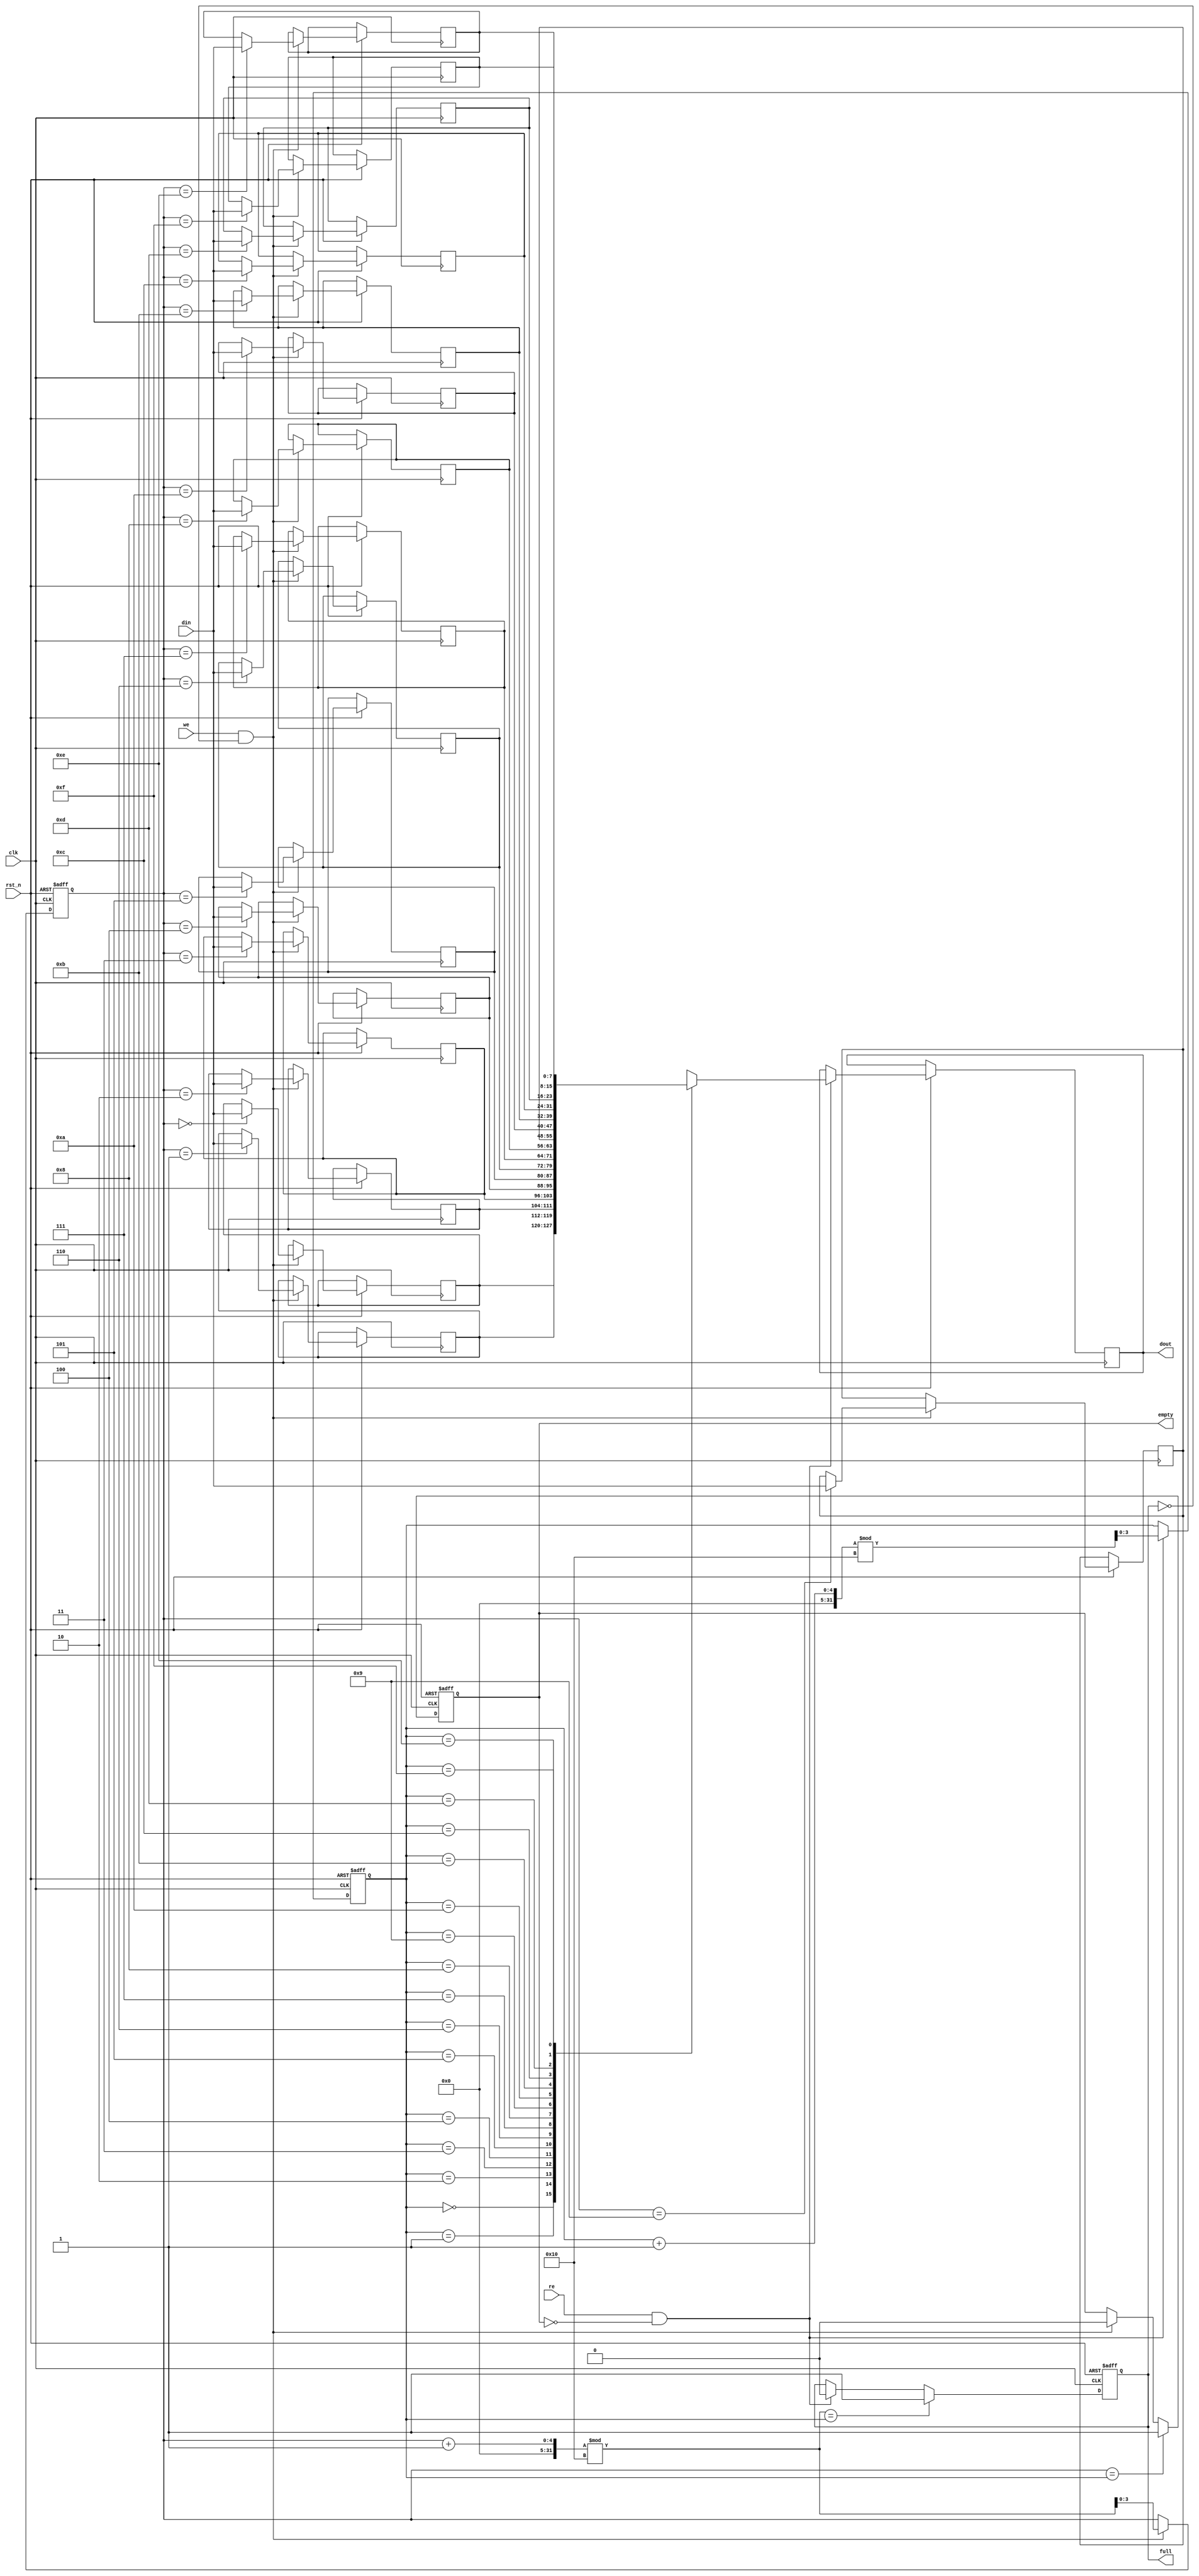
module fifo_sram #(
    parameter DEPTH = 16,  // Number of entries in the FIFO
    parameter WIDTH = 8    // Width of each data entry in bits
)(
    input wire clk,                // Clock signal
    input wire rst_n,              // Asynchronous reset (active low)
    input wire [WIDTH-1:0] din,    // Data input
    input wire we,                 // Write enable
    input wire re,                 // Read enable
    output reg [WIDTH-1:0] dout,   // Data output
    output reg full,               // Full flag
    output reg empty               // Empty flag
);

    // Memory array for the FIFO
    reg [WIDTH-1:0] fifo_mem [0:DEPTH-1];

    // Pointers for read and write operations
    reg [$clog2(DEPTH)-1:0] w_ptr; // Write pointer
    reg [$clog2(DEPTH)-1:0] r_ptr; // Read pointer

    // Initial states
    initial begin
        w_ptr = 0;
        r_ptr = 0;
        full = 0;
        empty = 1;
    end

    // Asynchronous reset
    always @(posedge clk or negedge rst_n) begin
        if (!rst_n) begin
            w_ptr <= 0;
            r_ptr <= 0;
            full <= 0;
            empty <= 1;
        end else begin
            // Write operation
            if (we && !full) begin
                fifo_mem[w_ptr] <= din; // Write data
                w_ptr <= (w_ptr + 1) % DEPTH; // Increment and wrap
                empty <= 0; // FIFO is not empty
            end

            // Read operation
            if (re && !empty) begin
                dout <= fifo_mem[r_ptr]; // Read data
                r_ptr <= (r_ptr + 1) % DEPTH; // Increment and wrap
                full <= 0; // FIFO is not full
            end

            // Update full and empty flags
            if ((w_ptr + 1) % DEPTH == r_ptr) begin
                full <= 1; // FIFO is full
            end
            if (w_ptr == r_ptr) begin
                empty <= 1; // FIFO is empty
            end
        end
    end

endmodule